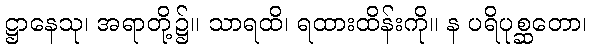
ဋ္ဌာနေသု၊ အရာတို့၌။ သာရထိ၊ ရထားထိန်းကို။ န ပရိပုစ္ဆတော၊